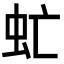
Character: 虻